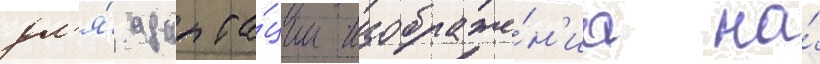
дл'я́ адапта́ции изображе́н'иа на́